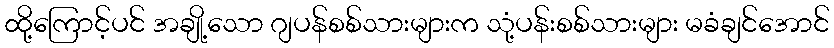
ထို့ကြောင့်ပင် အချို့သော ဂျပန်စစ်သားများက သုံ့ပန်းစစ်သားများ မခံချင်အောင်